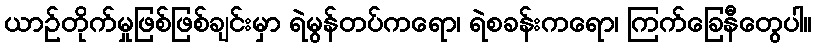
ယာဉ်တိုက်မှုဖြစ်ဖြစ်ချင်းမှာ ရဲမွန်တပ်ကရော၊ ရဲစခန်းကရော၊ ကြက်ခြေနီတွေပါ။